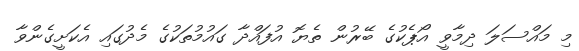
މި މައްސަލަ ދިމާވީ އޯޕެކުގެ ބޭރުން ތެޔޮ އުފައްދާ ގައުމުތަކުގެ މެދުގައި އެކަށީގެންވާ